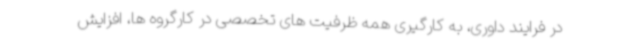
در فرایند داوری، به کارگیری همه ظرفیت های تخصصی در کارگروه ها، افزایش